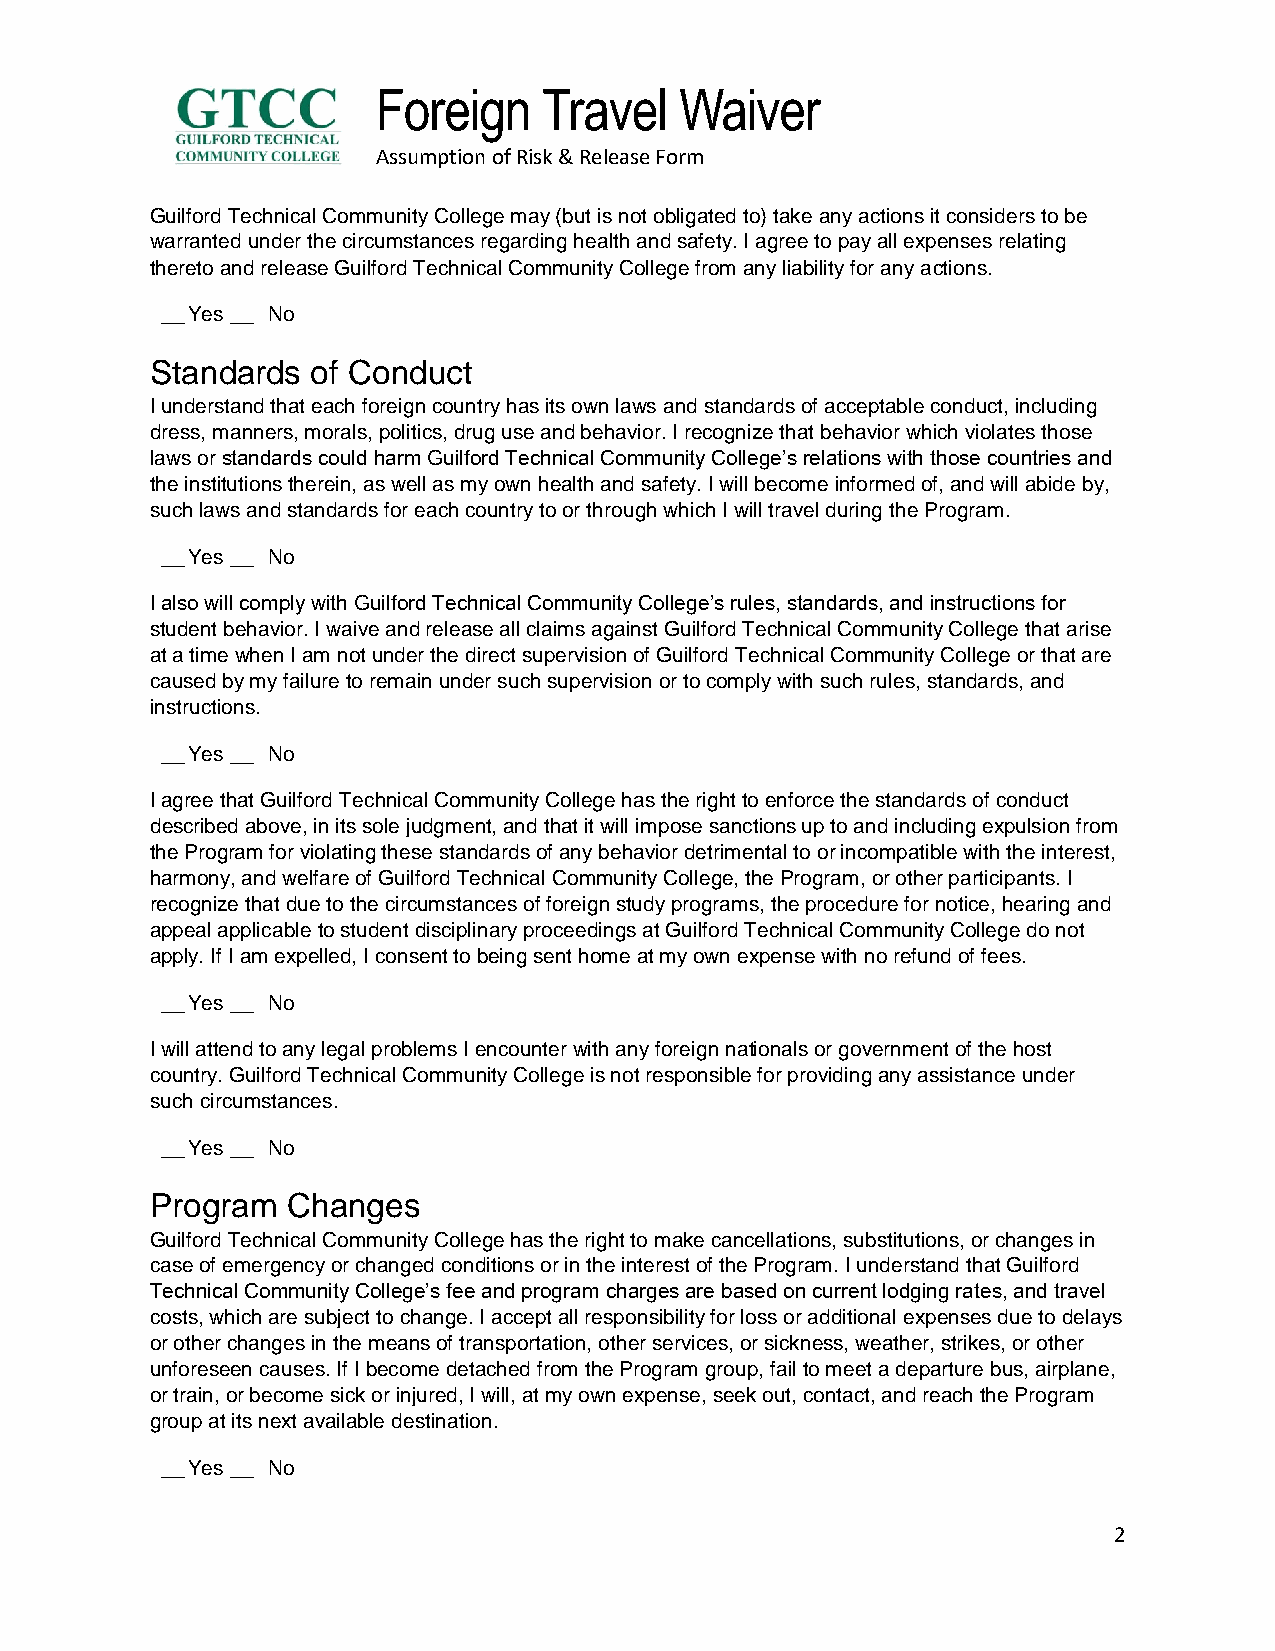
Foreign    Travel   Waiver
 Assumption of Risk & Release Form
 Guilford Technical Community College may (but is not obligated to) take any actions it considers to be
 warranted under the circumstances regarding health and safety. I agree to pay all expenses relating
 thereto and release Guilford Technical Community College from any liability for any actions.
 __ Yes __ No
 Standards  of Conduct
 I understand that each foreign country has its own laws and standards of acceptable conduct, including
 dress, manners, morals, politics, drug use and behavior. I recognize that behavior which violates those
 laws or standards could harm Guilford Technical Community College’s relations with those countries and
 the institutions therein, as well as my own health and safety. I will become informed of, and will abide by,
 such laws and standards for each country to or through which I will travel during the Program.
 __ Yes __ No
 I also will comply with Guilford Technical Community College’s rules, standards, and instructions for
 student behavior. I waive and release all claims against Guilford Technical Community College that arise
 at a time when I am not under the direct supervision of Guilford Technical Community College or that are
 caused by my failure to remain under such supervision or to comply with such rules, standards, and
 instructions.
 __ Yes __ No
 I agree that Guilford Technical Community College has the right to enforce the standards of conduct
 described above, in its sole judgment, and that it will impose sanctions up to and including expulsion from
 the Program for violating these standards of any behavior detrimental to or incompatible with the interest,
 harmony, and welfare of Guilford Technical Community College, the Program, or other participants. I
 recognize that due to the circumstances of foreign study programs, the procedure for notice, hearing and
 appeal applicable to student disciplinary proceedings at Guilford Technical Community College do not
 apply. If I am expelled, I consent to being sent home at my own expense with no refund of fees.
 __ Yes __ No
 I will attend to any legal problems I encounter with any foreign nationals or government of the host
 country. Guilford Technical Community College is not responsible for providing any assistance under
 such circumstances.
 __ Yes __ No
 Program  Changes
 Guilford Technical Community College has the right to make cancellations, substitutions, or changes in
 case of emergency or changed conditions or in the interest of the Program. I understand that Guilford
 Technical Community College’s fee and program charges are based on current lodging rates, and travel
 costs, which are subject to change. I accept all responsibility for loss or additional expenses due to delays
 or other changes in the means of transportation, other services, or sickness, weather, strikes, or other
 unforeseen causes. If I become detached from the Program group, fail to meet a departure bus, airplane,
 or train, or become sick or injured, I will, at my own expense, seek out, contact, and reach the Program
 group at its next available destination.
 __ Yes __ No
 2